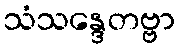
သံသန္ဒေတဗ္ဗာ